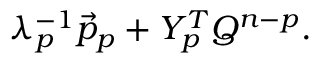
\begin{array} { r } { \lambda _ { p } ^ { - 1 } \vec { p } _ { p } + Y _ { p } ^ { T } Q ^ { n - p } . } \end{array}